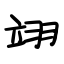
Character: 翊